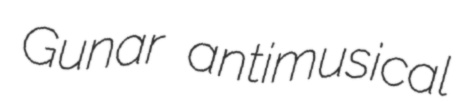
Gunar antimusical